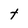
Character: t